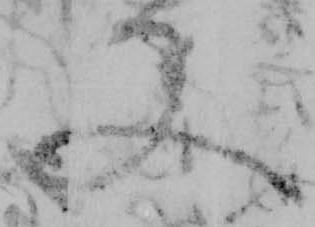
又